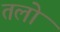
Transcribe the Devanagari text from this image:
तलो